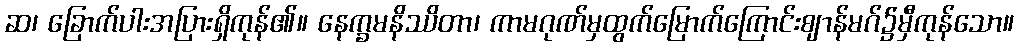
ဆ၊ ခြောက်ပါးအပြားရှိကုန်၏။ နေက္ခမနိဿိတာ၊ ကာမဂုဏ်မှထွက်မြောက်ကြောင်းဈာန်မဂ်၌မှီကုန်သော။